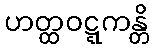
ဟတ္ထဝဋ္ဋကန္တိ